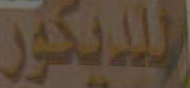
الديكور